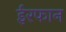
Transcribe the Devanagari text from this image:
ईरफान